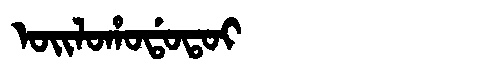
Manchu: ᠣᡳᠯᠣᡥᠣᡩᠣᡨᠣᡳ
Romanization: OILOHODOTOI